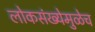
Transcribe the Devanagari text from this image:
लोकसंख्येमुळेच